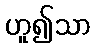
ဟူ၍သာ